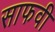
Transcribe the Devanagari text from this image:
साफवी